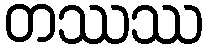
တဿဿ